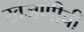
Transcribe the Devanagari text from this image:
खजणीची